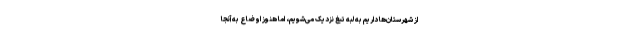
از شهرستان‌ها داریم به لبه تیغ نزدیک می‌شویم، اما هنوز اوضاع به آنجا